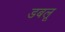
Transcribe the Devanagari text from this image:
डबलू